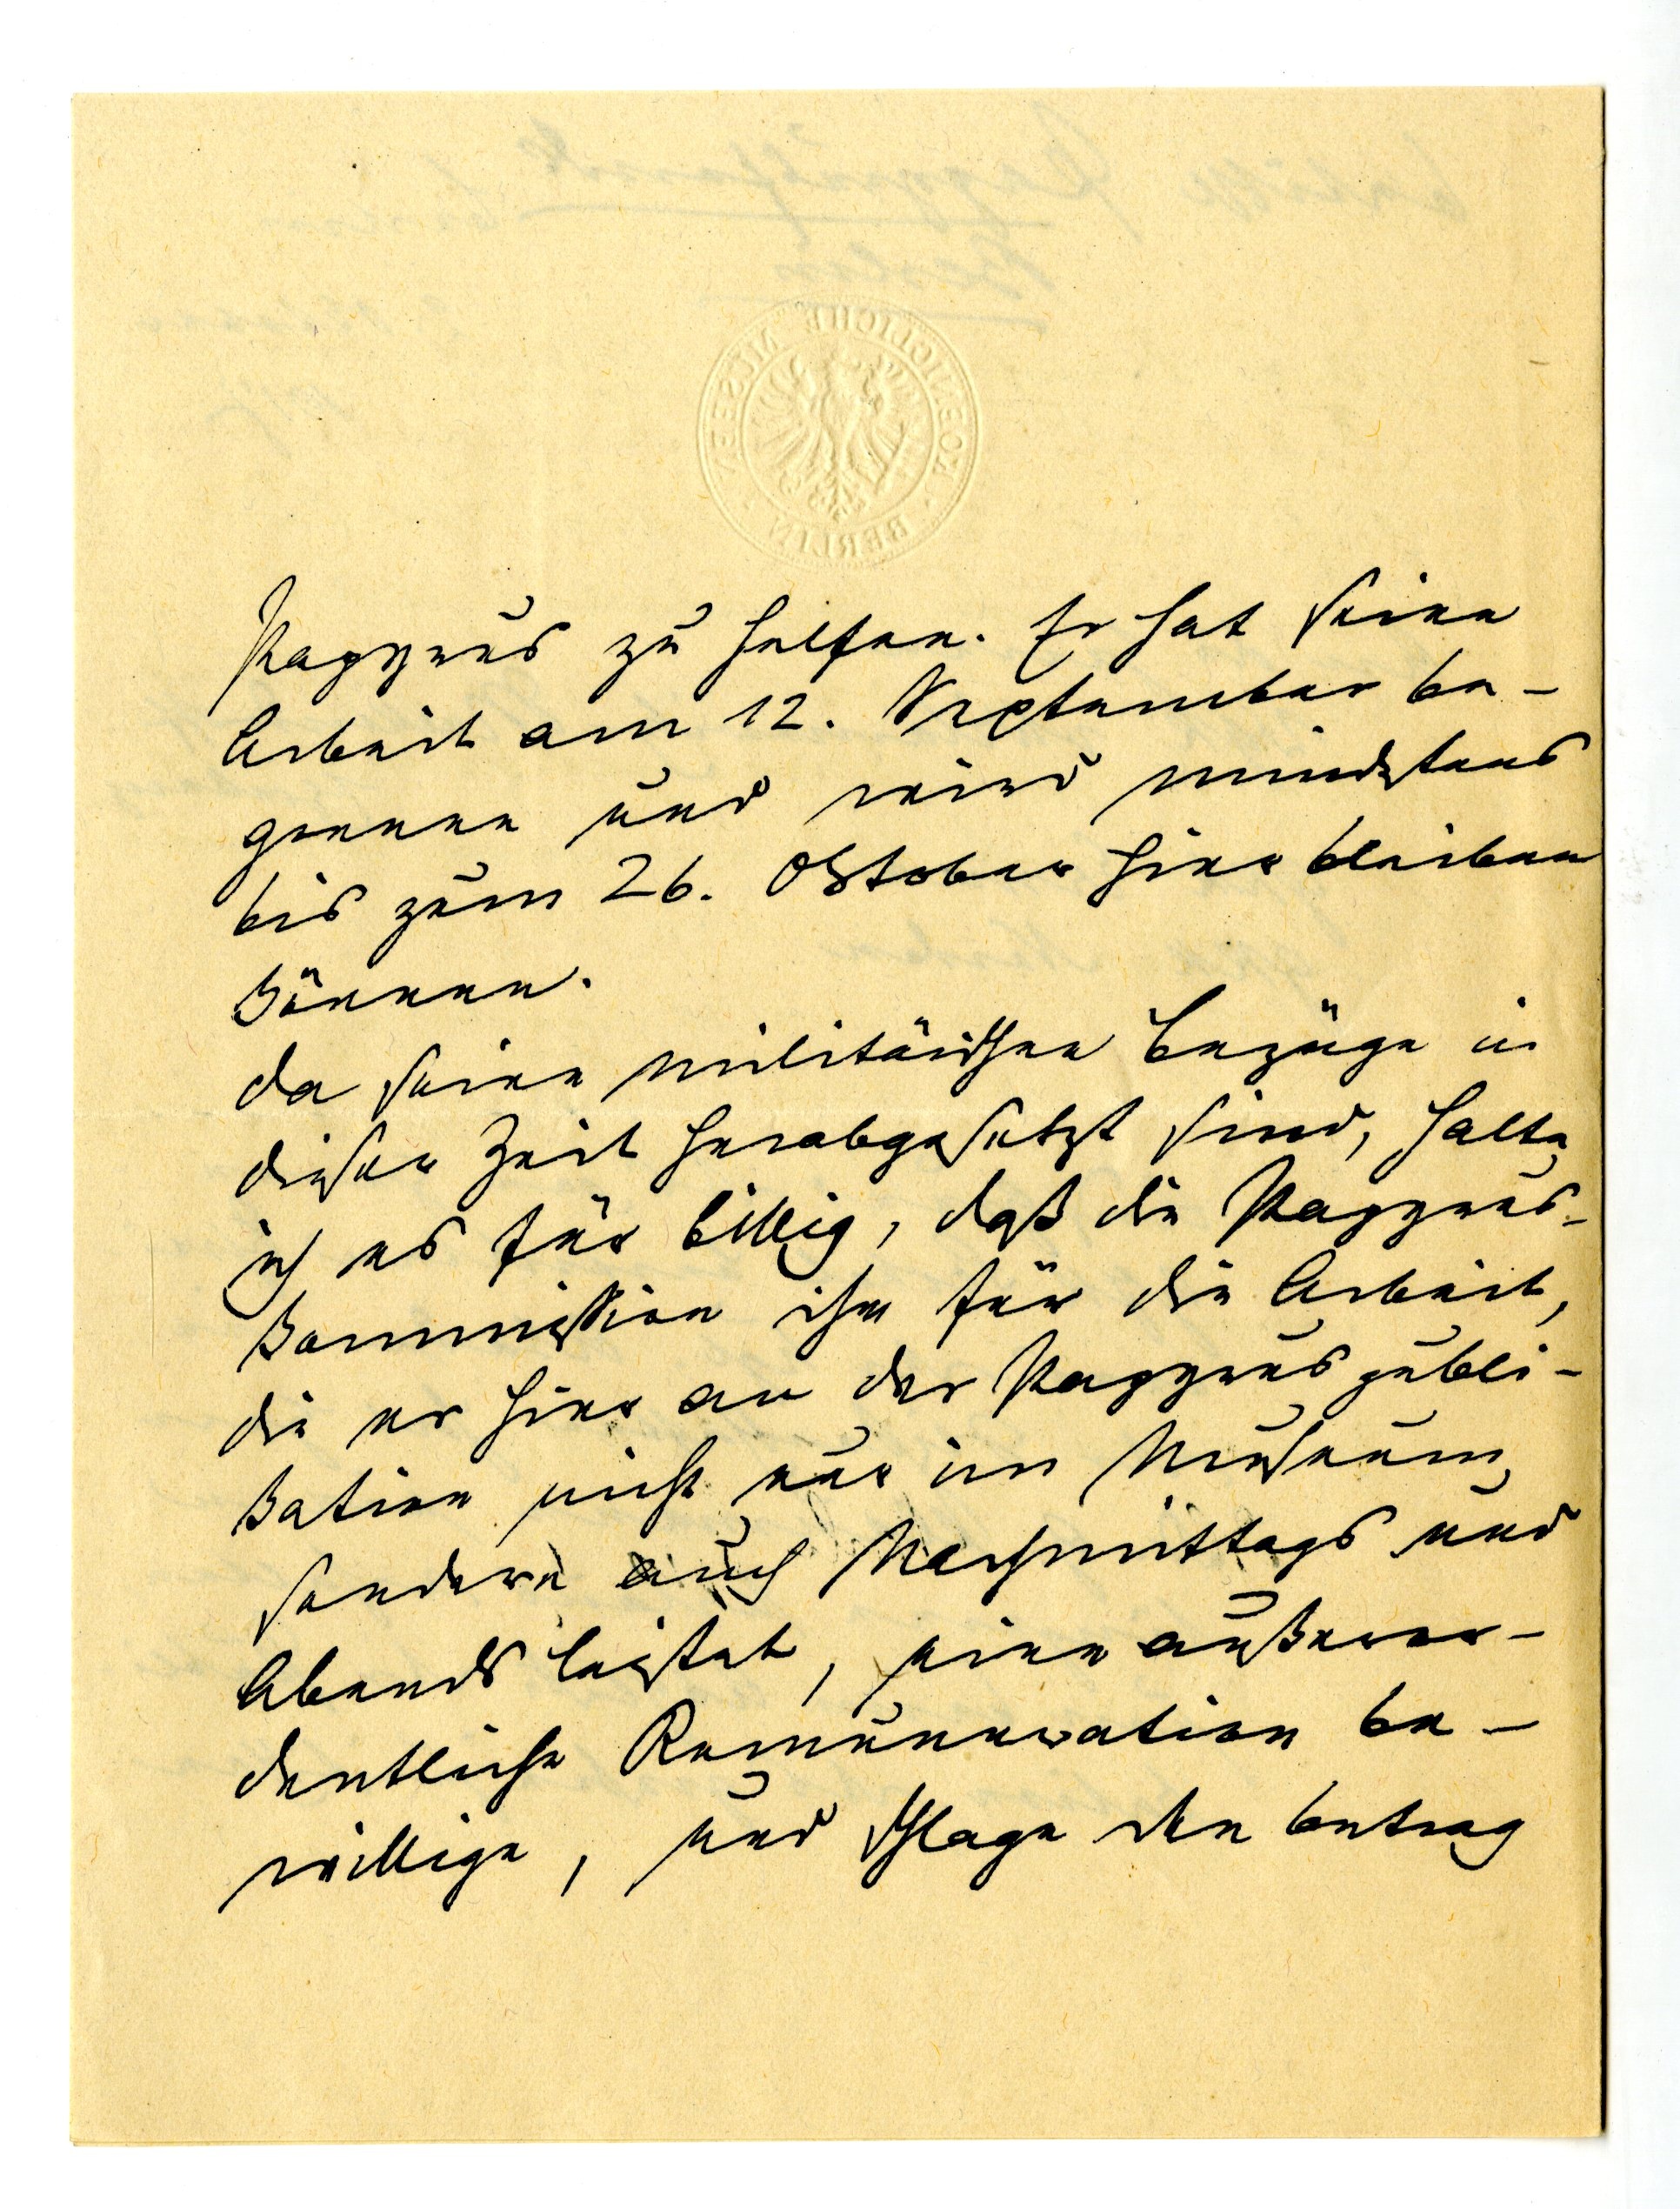
Papyrus zu helfen. Er hat seine
Arbeit am 12. September be¬
gonnen und wird mindestens
bis zum 26. Oktober hier bleiben
können.
Da seine militärischen Bezüge in
dieser Zeit herabgesetzt sind, halte
ich es für billig, daß die Papyrus¬
kommission ihn für die Arbeit,
die es hier an der Papyruspubli¬
kation nicht nur im Museeum,
sondern auch Nachmittags und
Abends leistet, eine außeror¬
dentliche Remuneration be¬
willige, und schlage den Betrag